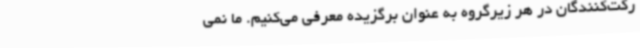
رکت‌کنندگان در هر زیرگروه به عنوان برگزیده معرفی می‌کنیم. ما نمی‌